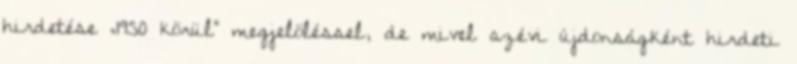
hirdetése „1950 körül” megjelöléssel, de mivel azévi újdonságként hirdeti